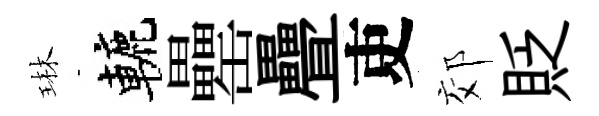
琳轆罍疊吏郊貶